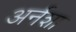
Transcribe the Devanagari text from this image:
अर्नशा